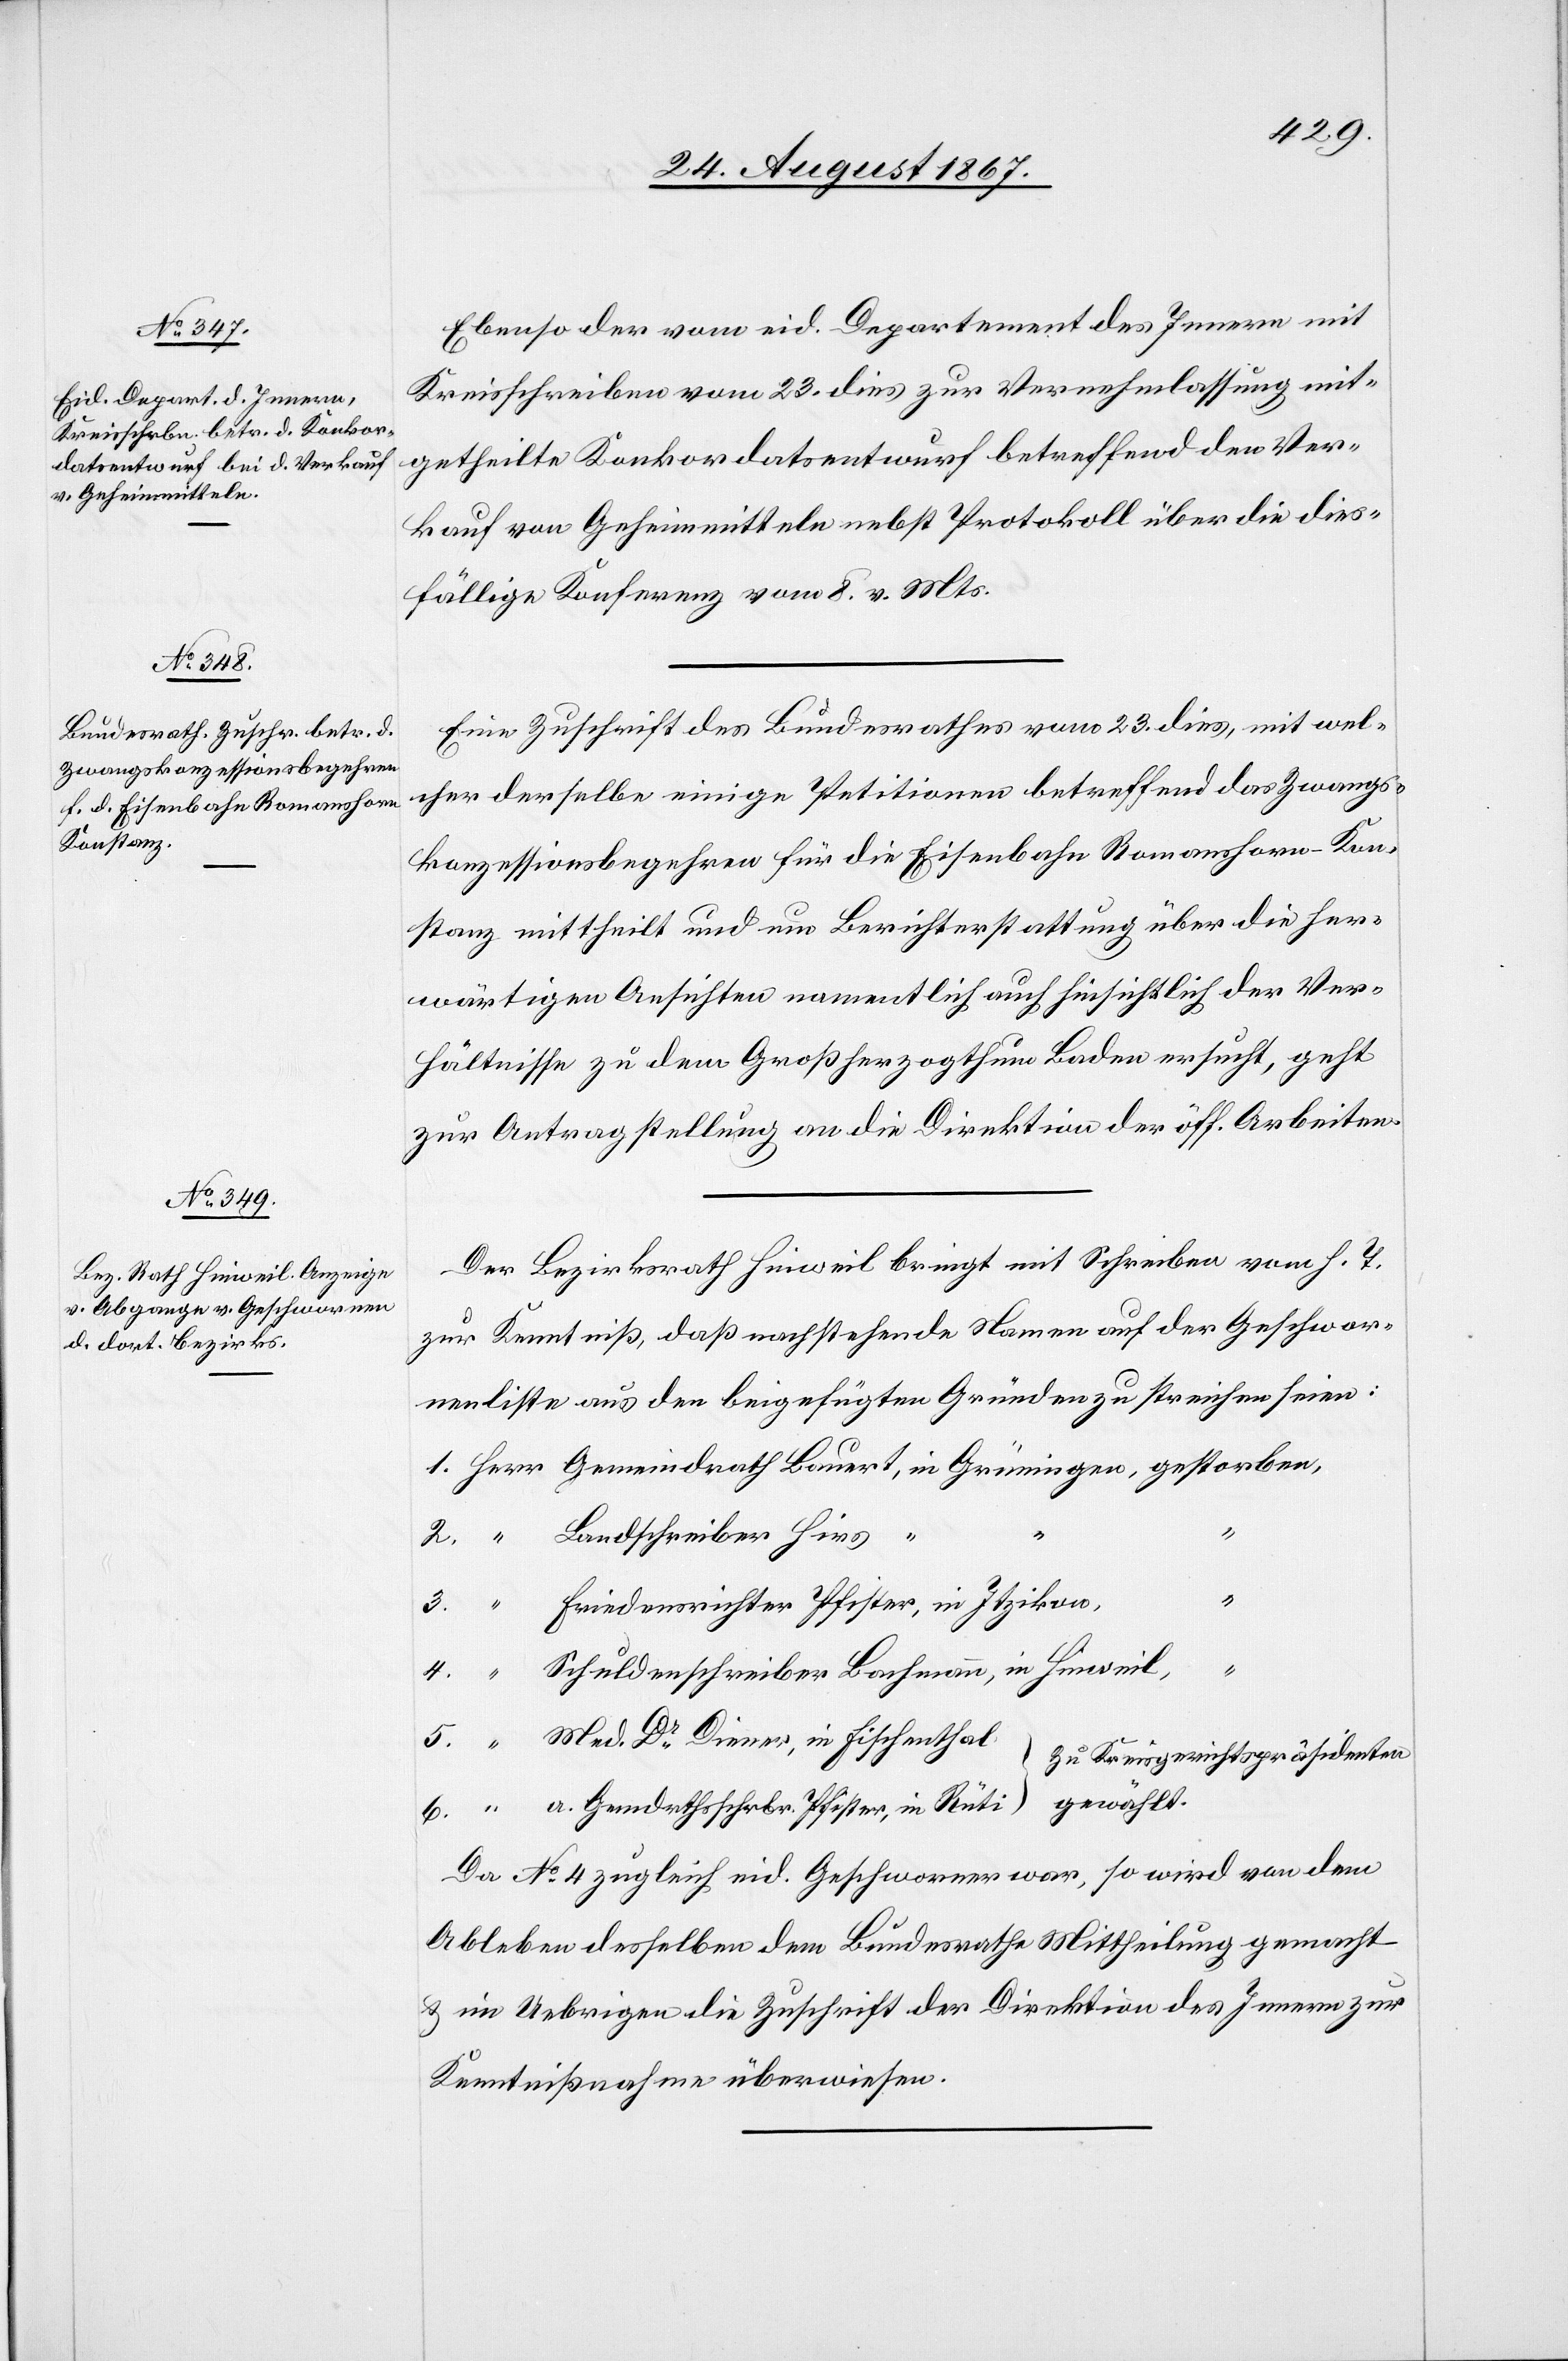
26. August 1867.]
Ebenso der vom eid. Departement des Innern mit
Kreisschreiben vom 23. dies zur Vernehmlassung mit¬
getheilte Konkordatsentwurf betreffend den Ver¬
kauf von Geheimmitteln nebst Protokoll über die dies¬
fällige Konferenz vom 8. v. Mts.
Eine Zuschrift des Bundesrathes vom 23. dies, mit wel¬
cher derselbe einige Petitionen betreffend das Zwangs¬
konzessionsbegehren für die Eisenbahn Romanshorn–Kon¬
stanz mittheilt und um Berichterstattung über die her¬
wärtigen Ansichten namentlich auch hinsichtlich der Ver¬
hältnisse zu dem Großherzogthum Baden ersucht, geht
zur Antragstellung an die Direktion der öff. Arbeiten.
Der Bezirksrath Hinweil bringt mit Schreiben vom h. T.
zur Kenntniß, daß nachstehende Namen auf der Geschwor¬
nenliste aus den beigefügten Gründen zu streichen seien:
Landschreiber Hirs,
Friedensrichter Pfister, in Itzikon,
Schuldenschreiber Bachmann, in Hinweil,
“
a.
Med. Dr. Diener, in Fischenthal
6.
Zu Kreisgerichtspräsidenten
Da No. 4 zugleich eid. Geschworner war, so wird von dem
Ableben desselben dem Bundesrathe Mittheilung gemacht
u im Uebrigen die Zuschrift der Direktion des Innern zur
Kenntnißnahme überwiesen.